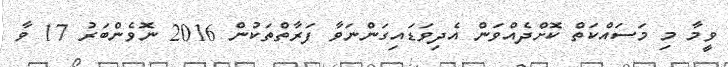
ވީމާ މި މަސައްކަތް ކޮށްދެއްވަން އެދިވަޑައިގަންނަވާ ފަރާތްތަކުން 2016 ނޮވެންބަރު 17 ވާ